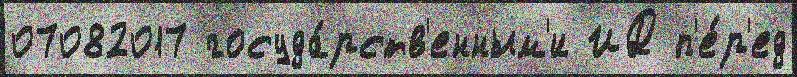
07082017 госуда́рств'енным'и ИД п'е́р'ед